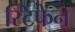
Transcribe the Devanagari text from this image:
स्टिफेन